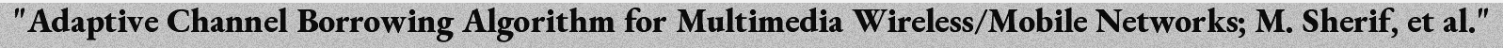
"Adaptive Channel Borrowing Algorithm for Multimedia Wireless/Mobile Networks; M. Sherif, et al."